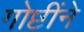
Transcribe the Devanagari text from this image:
गोष्टींने